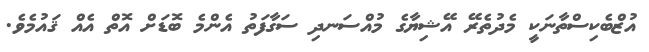
އުޒްބެކިސްތާނަކީ މެދުތެރޭ އޭޝިޔާގެ މުއްސަނދި ސަގާފަތު އެންމެ ބޮޑަށް އޮތް އެއްް ޤައުމެވެ.